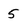
Character: 5